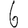
Digit: 6